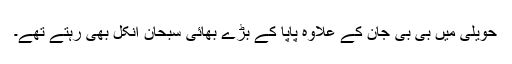
حویلی میں بی بی جان کے علاوہ پاپا کے بڑے بھائی سبحان انکل بھی رہتے تھے۔